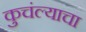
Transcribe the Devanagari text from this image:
कुचंल्याचा